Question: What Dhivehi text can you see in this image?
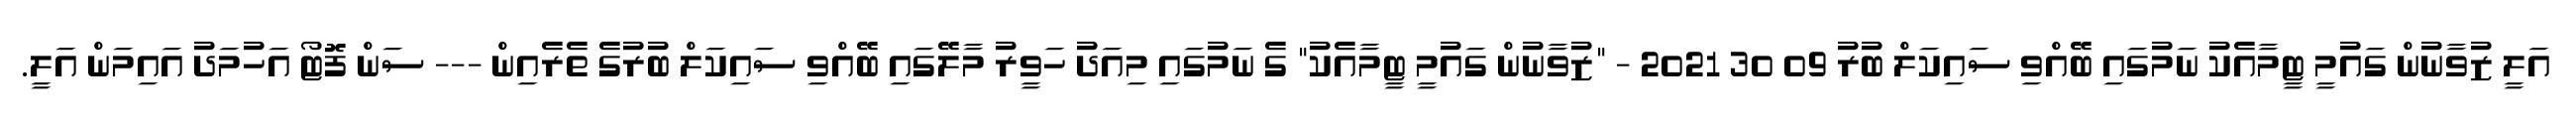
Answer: އަލީ ޒުވާނުން ގައުމީ ޓީމާއެކު ނަމުގައި ބޭއްވި ސައިކަލް ބުރު 09 30 2021 - "ޒުވާނުން ގައުމީ ޓީމާއެކު" ގެ ނަމުގައި މިއަދު ހަވީރު މާލޭގައި ބޭއްވި ސައިކަލް ބުރުގެ ތެރެއިން --- ސަން ފޮޓޯ އަހުމަދު އައިމަން އަލީ.